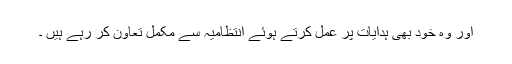
اور وہ خود بھی ہدایات پر عمل کرتے ہوئے انتظامیہ سے مکمل تعاون کر رہے ہیں ۔